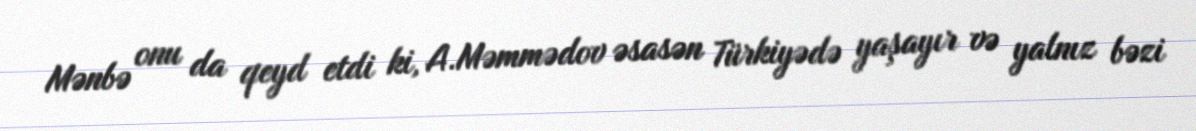
Mənbə onu da qeyd etdi ki, A.Məmmədov əsasən Türkiyədə yaşayır və yalnız bəzi